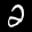
Label: 2